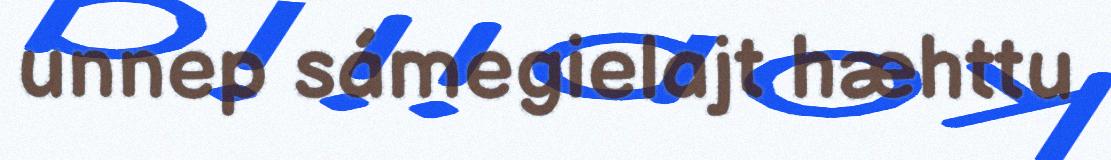
unnep sámegielajt hæhttu